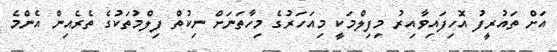
އަށް ތައުރީފު އޮހިފައިވާއިރު މިފިލްމަކީ މިއަހަރުގެ މިހާތަނަށް ނިކުތް ފިލްމުތަކުގެ ތެރެއިން އެންމެ